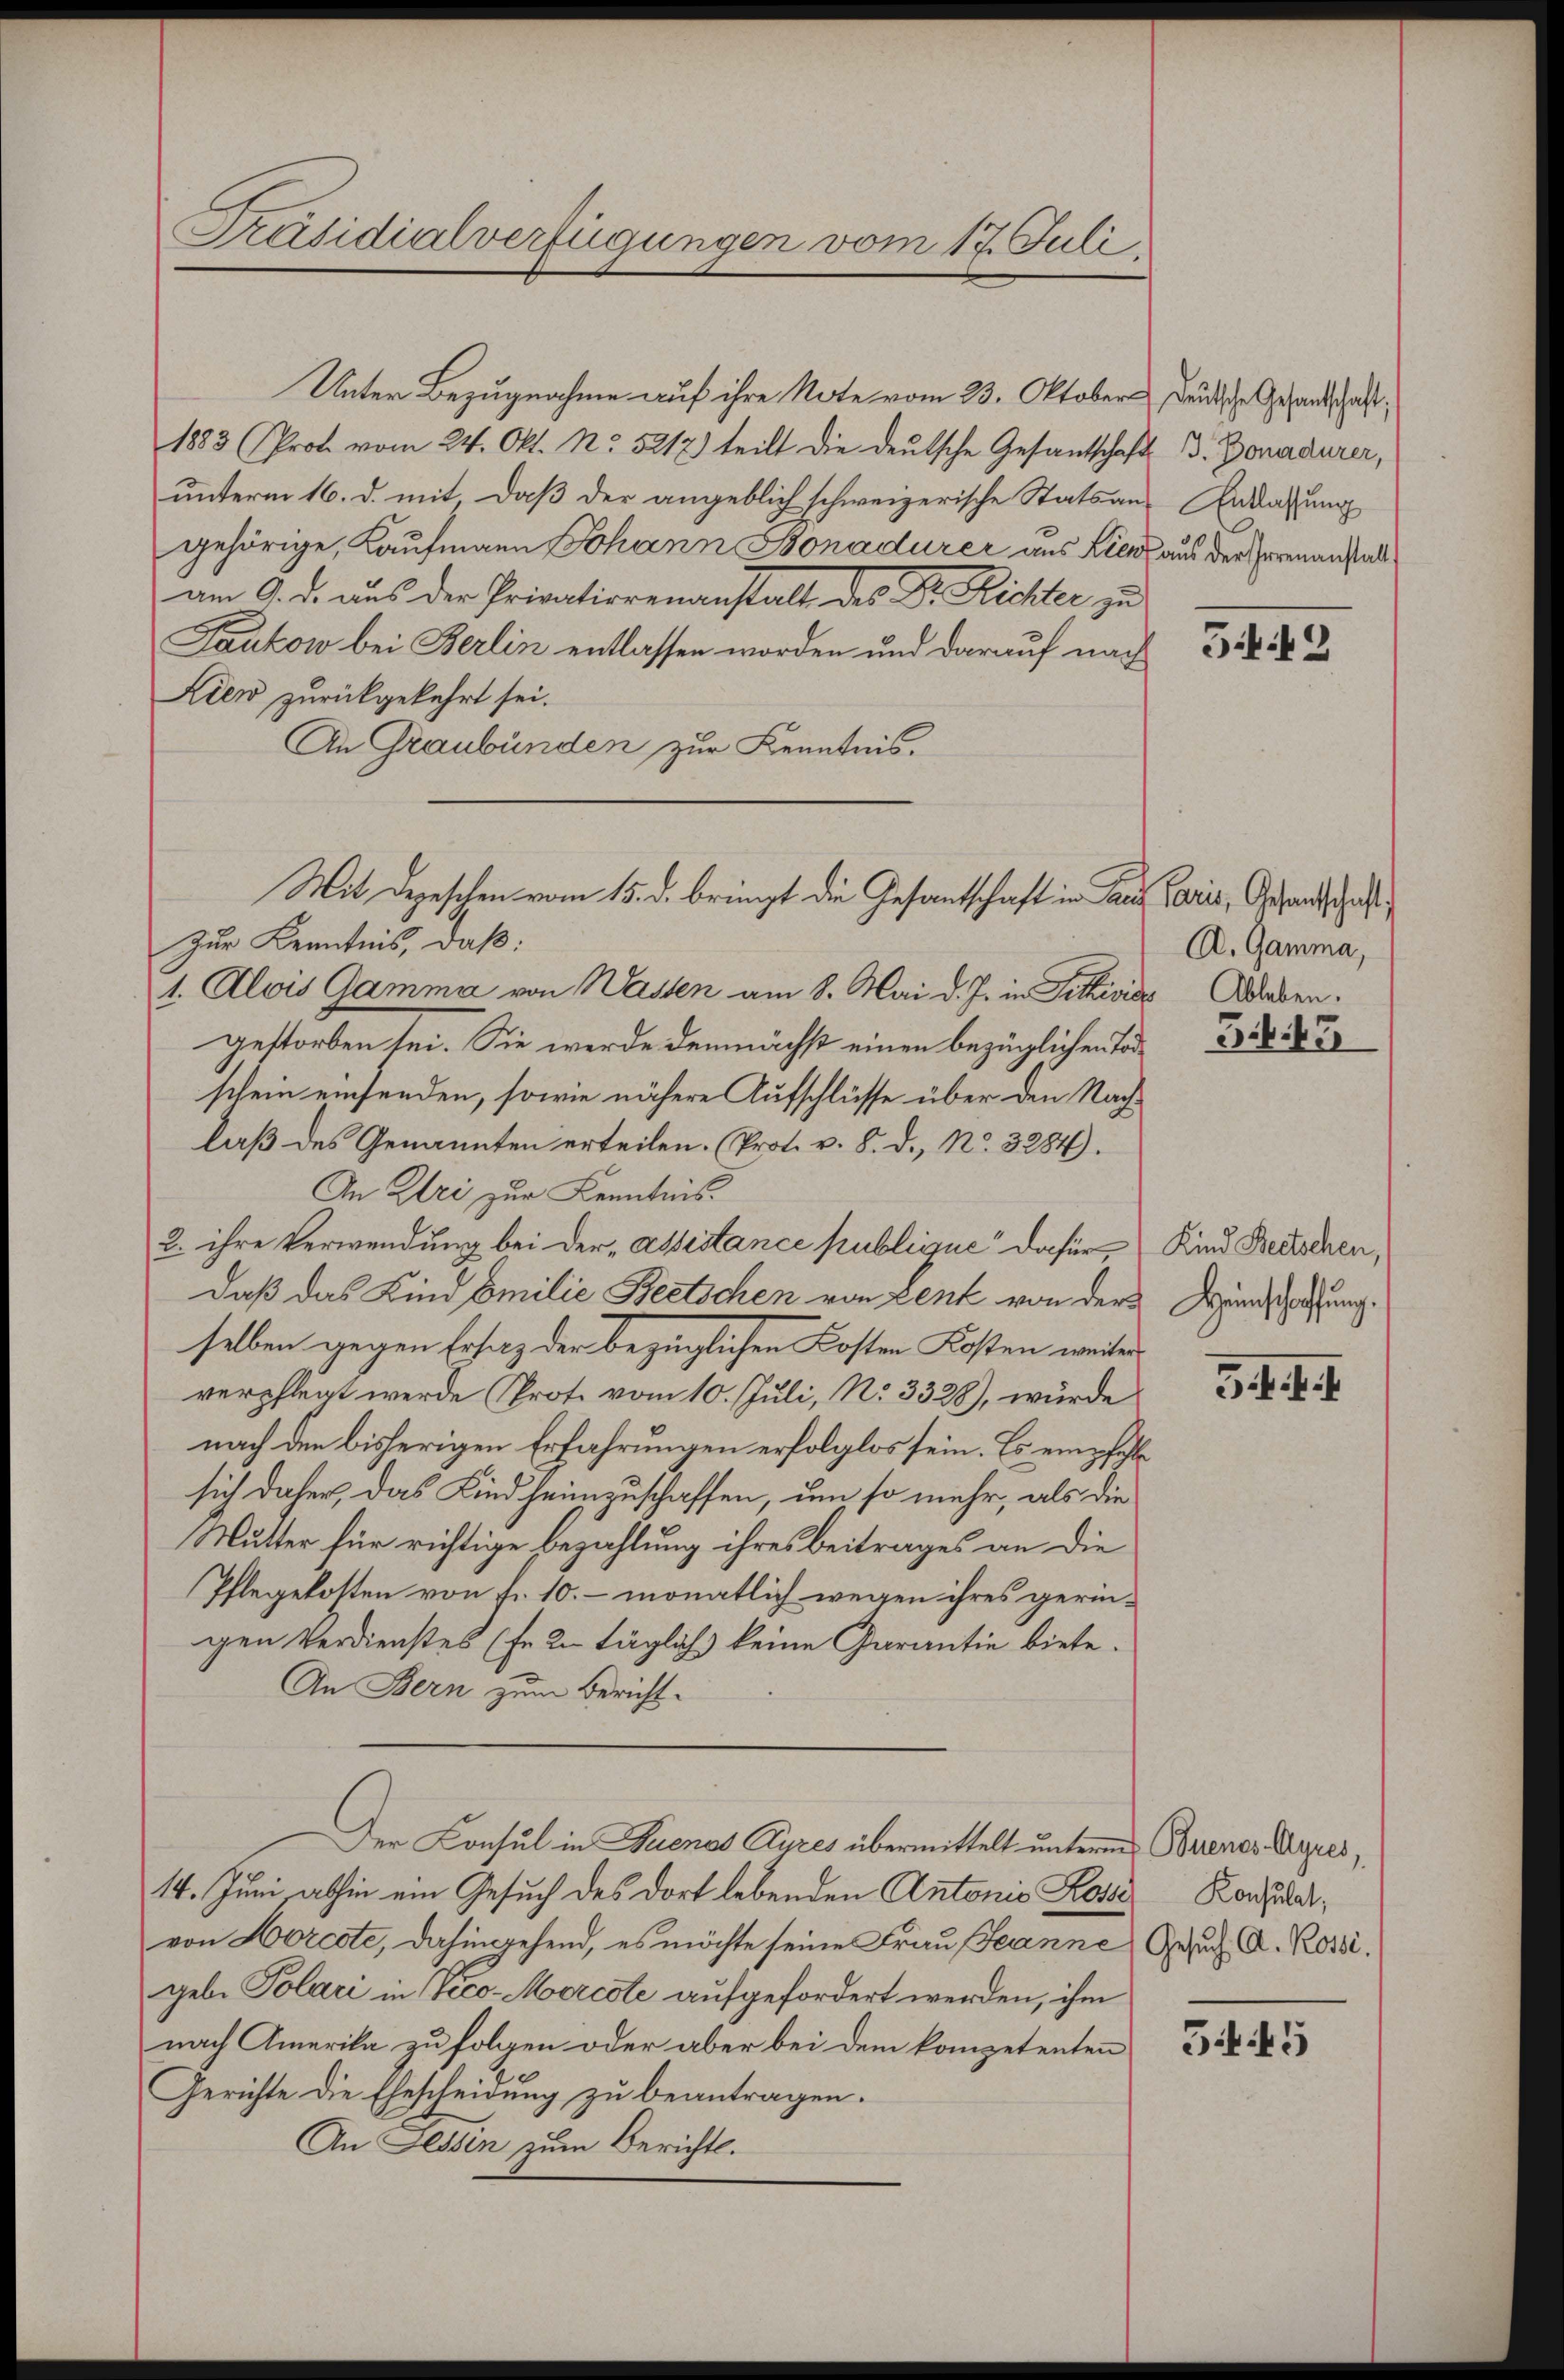
Präsidialverfügungen vom 17. Juli

Unter Bezugnahme auf ihre Note vom 23. Oktober deutsche Gesandschaft¬
1883 (Prot. vom 24. Okt. No. 5217) teilt die deutsche Gesandtschafts
unterm 16. d. mit daß der angeblich schweizerische Stats an-
gehörige, Kaufmann Johann Bonadurer aus Lies
am 9. d. aus der Privatiorenanstalt des Dr. Richter zu
Taukow bei Berlin entlassen worden und darauf nach
Lien zurückgekehrt sei.
An Graubünden zur Kenntnis.
Zur Kenntnis, daß:
1. Alois Gamma von Wassen am 8. Mai d. J. in Fittivie daben.
gestorben sei. Sie werde demnächst einen bezüglichen Todschein einsenden, sowie nähere Aufschlüsse über den Nachlaß des Genannten erteilen. (Prot. v. 8. d., No. 3284).
An Klei zur Kenntnis.
2. ihre Verwendung bei der „assistance publique dafür,
daß das Kind Emilie Beetschen von zent von der Hundschaffung
selben gegen Ersatz der bezüglichen Kosten Kosten weiter
verpflegt werde Prot. vom 10. Juli, N. 3328), wurde
nach den bisherigen Erfahrungen erfolglos sein. Es empfehle
sich daher, das Kindheimzuschaffen, um so mehr, als die
Mutter für richtige bezahlung ihres Beitrages an die
Pflegekotten von fr. 10. – monatlich wegen ihres geringen Verdienstes (fe 2 täglich keine Garantie biete.
An Bern zum Bericht-
Der Consul in Buenos Ayres übermittelt unterm Orienos Ayres,
14. Juni abhin ein Gesuch des dort lebenden Antonis Koste
von Horcote, dahingehend, es möchte seine Frau Jeanne Gesuch C. Rossi.
gebe Polari in Veco-Morcote aufgefordert werden, ihm
nach Amerika zu folgen oder aber bei dem kompetenten
Gerichte die Ehescheidung zu beantragen.
An Fessen zum Bericht.

Mit Depeschen vom 15. d. bringt die Gesantschaft in an Paris, Gesandtschaft

J. Bonadurer,
Entlassung
aus der Irrenanstalt

549

A. Gamma,
543

Kind Beetschen,

3. f. f. I

Konsulat,

545